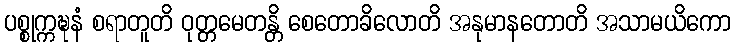
ပစ္စုက္ကဍ္ဎနံ စရာတူတိ ဝုတ္တမေတန္တိ စေတောခိလောတိ အနုမာနတောတိ အသာမယိကော